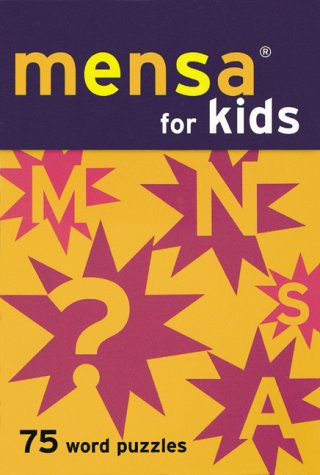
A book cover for Mensa For Kids: 75 Word Puzzles; Chronicle Books Staff; Teen & Young Adult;